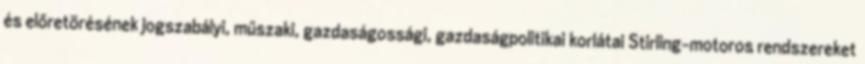
és előretörésének jogszabályi, műszaki, gazdaságossági, gazdaságpolitikai korlátai Stirling-motoros rendszereket